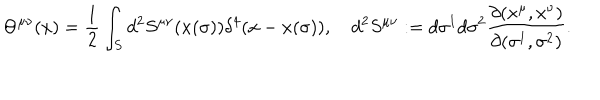
LaTeX: \Theta ^ { \mu \nu } ( x ) = { \frac { 1 } { 2 } } \int _ { S } d ^ { 2 } S ^ { \mu \nu } ( x ( \sigma ) ) \delta ^ { 4 } ( x - x ( \sigma ) ) , \quad d ^ { 2 } S ^ { \mu \nu } : = d \sigma ^ { 1 } d \sigma ^ { 2 } { \frac { \partial ( x ^ { \mu } , x ^ { \nu } ) } { \partial ( \sigma ^ { 1 } , \sigma ^ { 2 } ) } } .